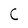
Character: C